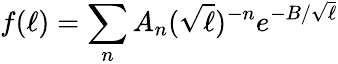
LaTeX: f(\ell)=\sum_{n}A_{n}(\sqrt{\ell})^{-n}e^{-B/\sqrt{\ell}}